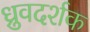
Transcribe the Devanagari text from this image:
ध्रुवदर्शक